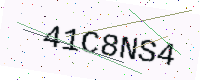
Text: 41C8NS4